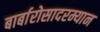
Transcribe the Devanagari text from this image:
बार्बारोसादरम्यान